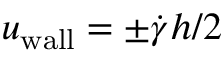
u _ { \mathrm { w a l l } } = \pm \dot { \gamma } h / 2